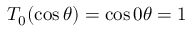
T _ { 0 } ( \cos \theta ) = \cos 0 \theta = 1